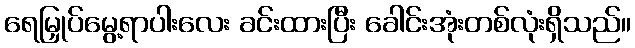
ရေမြှုပ်မွေ့ရာပါးလေး ခင်းထားပြီး ခေါင်းအုံးတစ်လုံးရှိသည်။